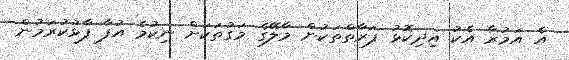
އެ އަމުރާ އެކު އިދިކޮޅު ފަރާތްތަކުން މާލޭގެ މަގުތަކަށް ނިކުމެ އުފާ ފާޅުކުރަމުން